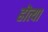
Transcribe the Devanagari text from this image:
हॊत्या